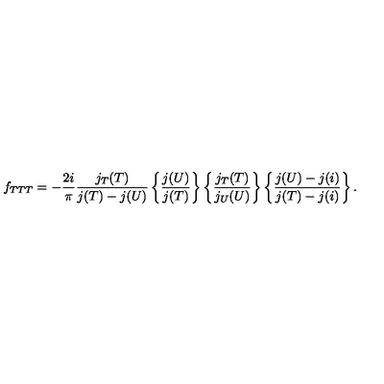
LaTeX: f _ { T T T } = - { \frac { 2 i } { \pi } } \frac { j _ { T } ( T ) } { j ( T ) - j ( U ) } \left\{ \frac { j ( U ) } { j ( T ) } \right\} \left\{ \frac { j _ { T } ( T ) } { j _ { U } ( U ) } \right\} \left\{ \frac { j ( U ) - j ( i ) } { j ( T ) - j ( i ) } \right\} .